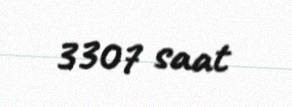
3307 saat